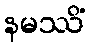
နမဿိံ